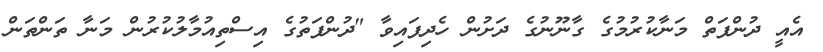
އެއީ ދުންފަތް މަނާކުރުމުގެ ގާނޫނުގެ ދަށުން ހެދިފައިވާ "ދުންފަތުގެ އިސްތިއުމާލުކުރުން މަނާ ތަންތަން